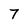
Character: 7